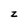
Character: z